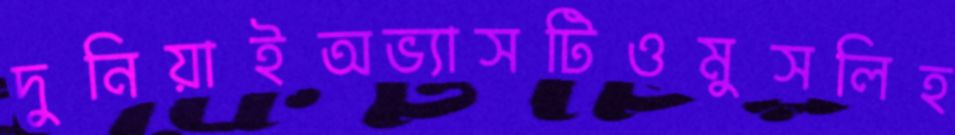
দুনিয়াইঅভ্যাসটিওমুসলিহ